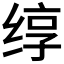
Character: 𬘯